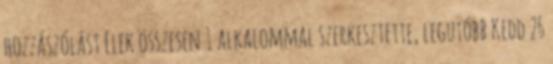
hozzászólást Elek összesen 1 alkalommal szerkesztette, legutóbb Kedd 26